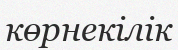
көрнекілік